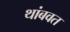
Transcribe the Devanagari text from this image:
थांबवत